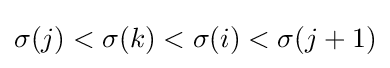
\sigma (j)<\sigma (k)<\sigma (i)<\sigma (j+1)